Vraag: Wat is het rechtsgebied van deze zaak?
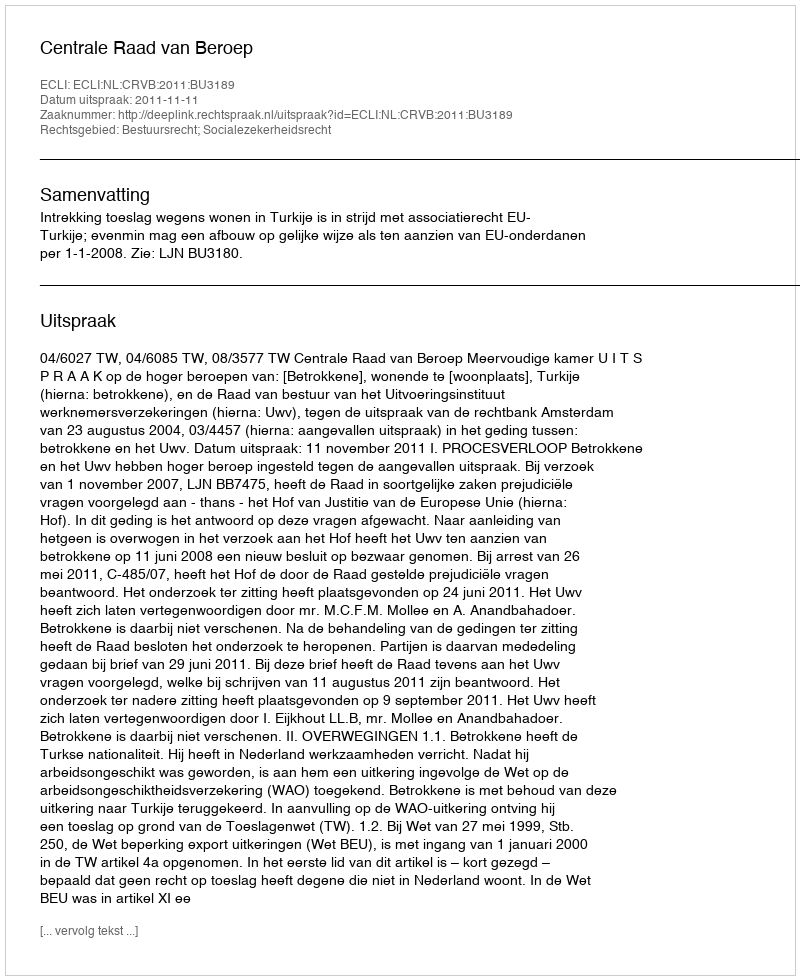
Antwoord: Bestuursrecht; Socialezekerheidsrecht